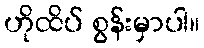
ဟိုထိပ် စွန်းမှာပါ။